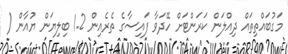
މަގުބައްތިތައް ދިއްލަން ކަރަންޓަށް ހޭދަވާ ފައިސާގެ ތެރެއިން 1.2 ބިލިޔަން ޔުއާން (